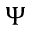
\Psi